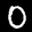
Label: 0